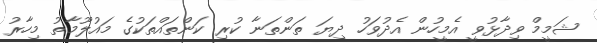
ޝަމީމް ވިދާޅުވީ އެމީހުން އެދުވަހު ދިޔަ ތަންތަނާ ކުރި ކަންތައްތަކުގެ މައުލޫމާތު މިހާރު